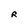
Character: R